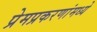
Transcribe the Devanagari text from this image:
प्रेमप्रकरणांमध्ये